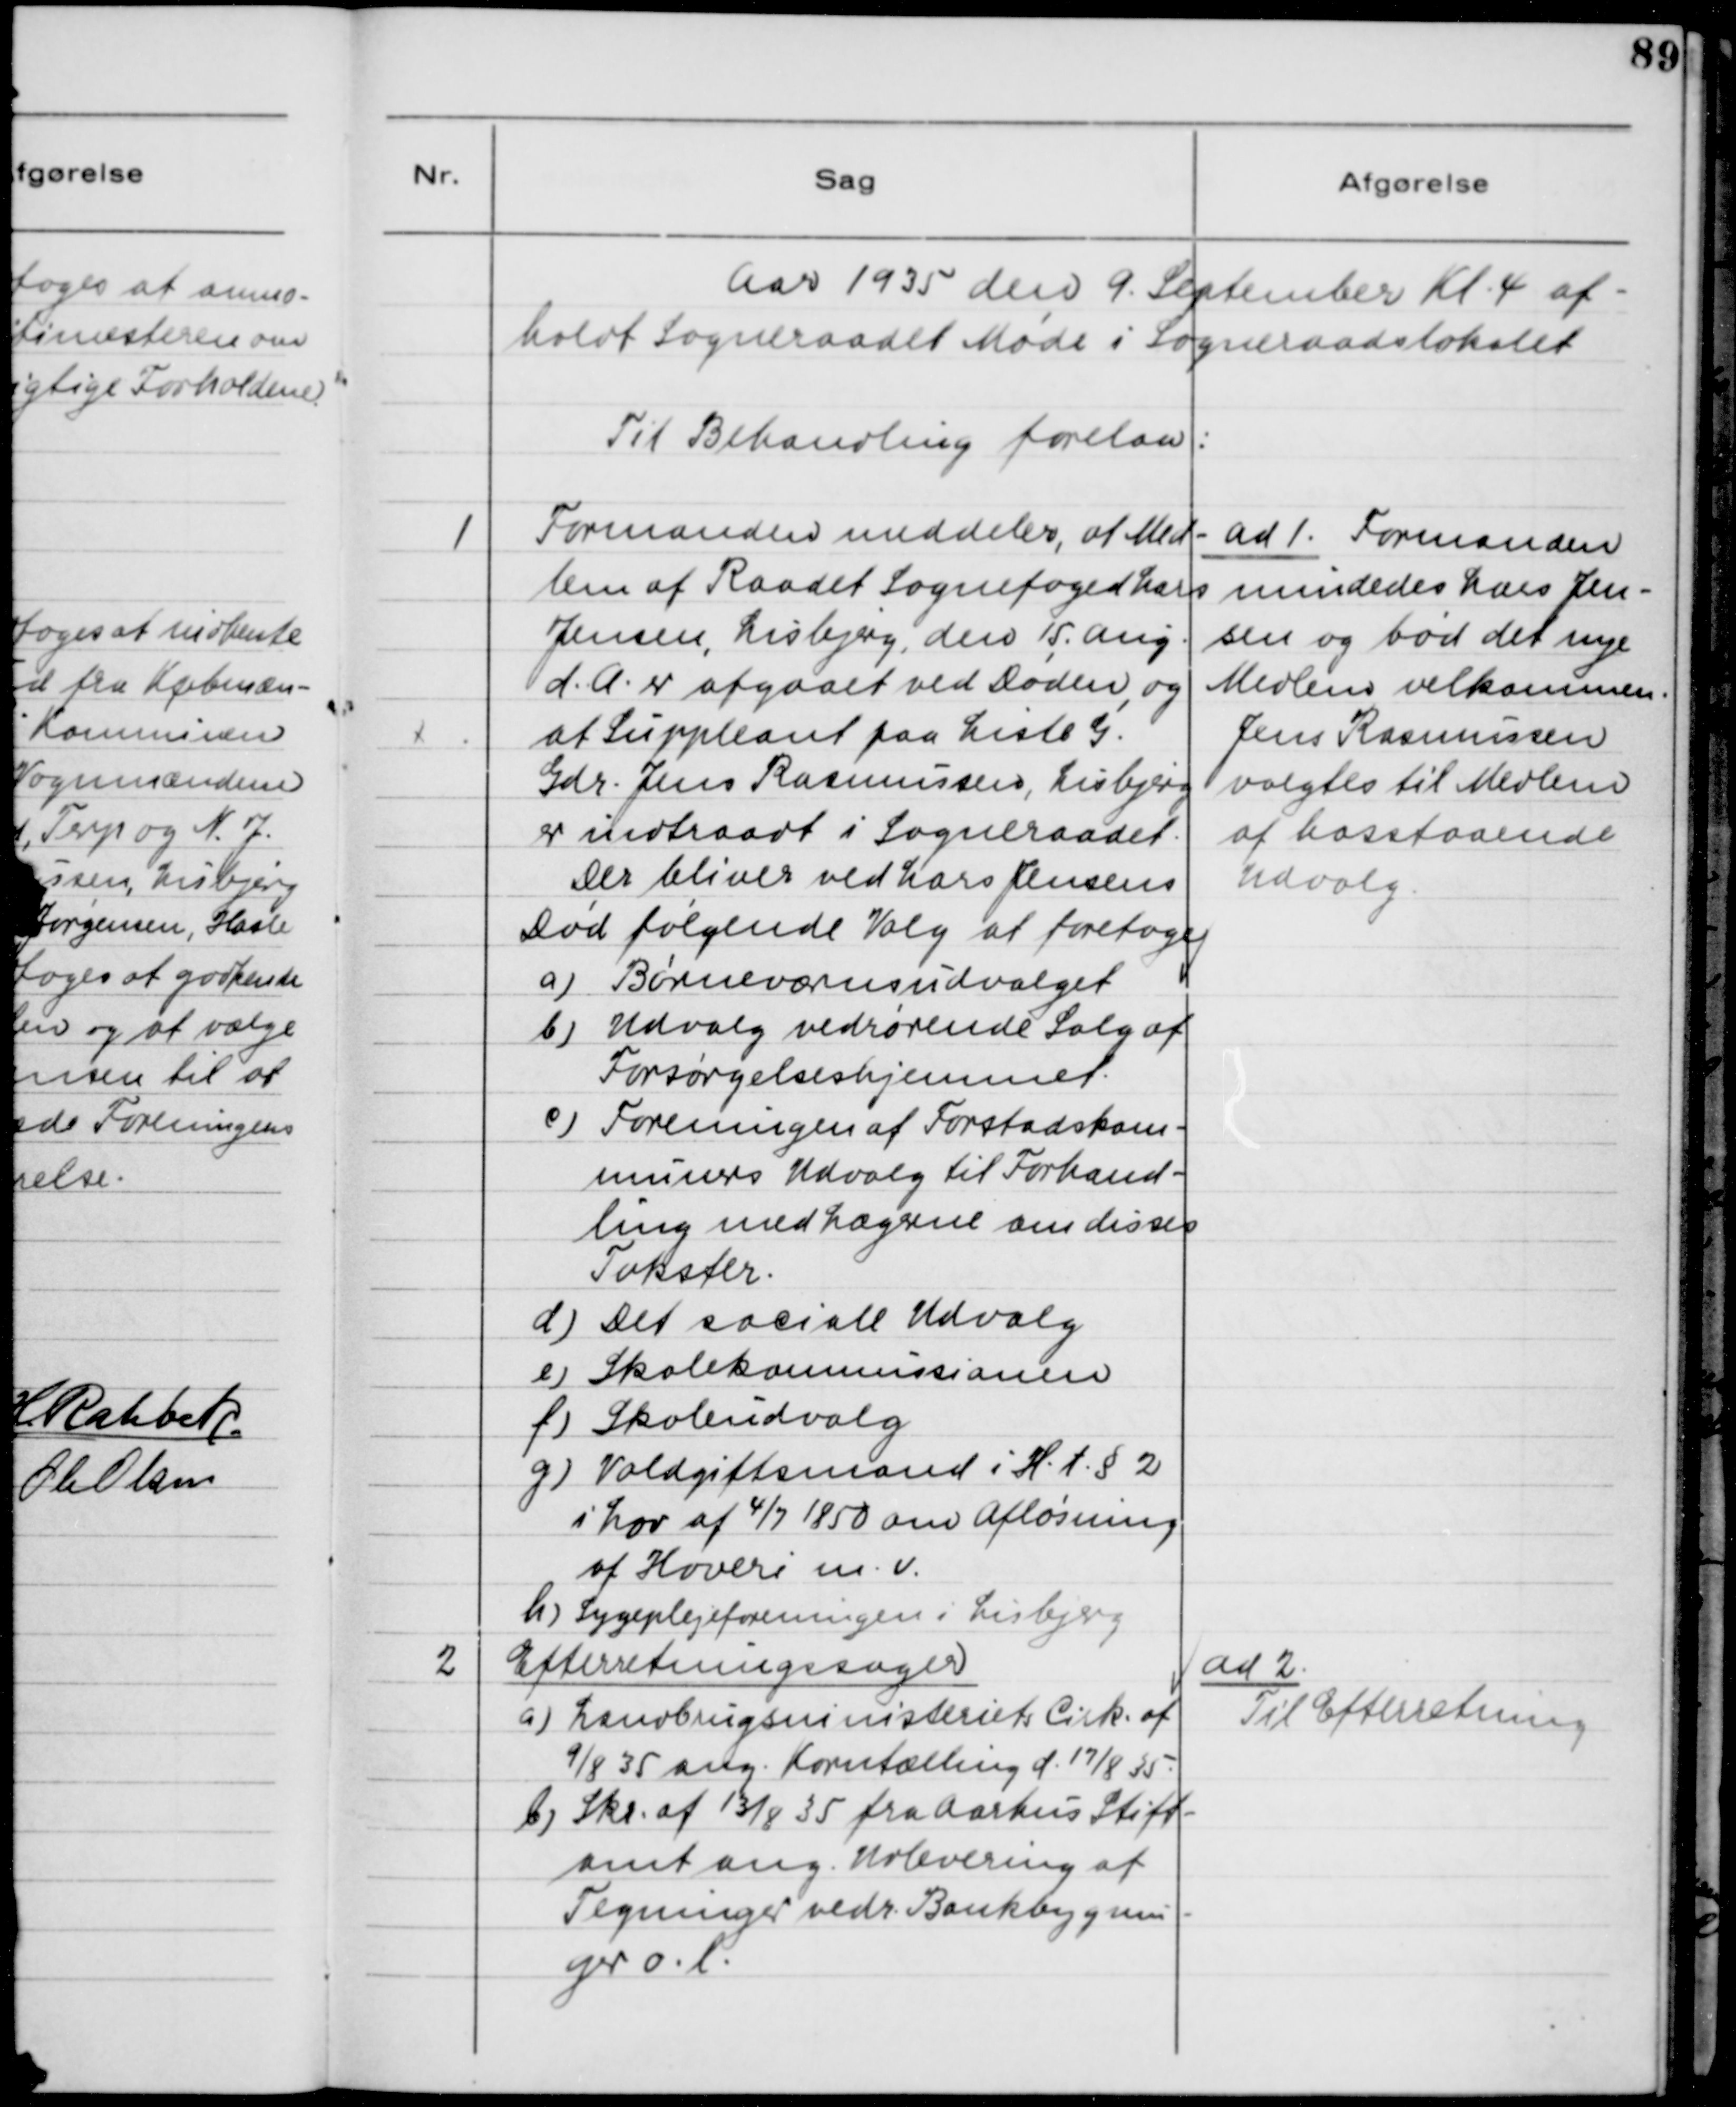
Transskription:
Aar 1935 den 9. September Kl. 4 af-
holdt Sogneraadet Møde i Sogneraadslokalet.
Til Behandling forelaa:

1

Formanden meddeler, at Med-
lem af Raadet Sognefoged Lars 
Jensen, Lisbjerg, den 15. Aug.
d.A. er afgaaet ved Døden, og
at Suppleant paa Liste G.
Gdr. Jens Rasmussen, Lisbjerg
er indtraadt i Sogneraadet.
Der bliver ved Lars Jensens 
Død følgende Valg at foretage:
a) Børneværnsudvalget
b) Udvalg vedrørende Salg af 
Forsørgelseshjemmet
e) Foreningen af Forstadskom-
muners Udvalg til Forhand-
ling med Lægerne om disses
Takster
d) Det sociale Udvalg
e) Skolekommissionen
f) Skoleudvalg
g) Voldgiftsmand i H.t. §2
i Lov af 4/7 1850 om Afløsning 
af Hoveri m.v.
h) Sygeplejeforeningen i Lisbjerg

ad 1. Formanden
mindedes Lars Jen-
sen og bød det nye
Medlem velkommen.
Jens Rasmussen
valgtes til Medlem
af hosstaaende
Udvalg.

2

Efterretningssager
a) Landbrugsministeriets Cirk. af
9/8 35 ang. Korntælling d. 17/8 35
b) Skr. af 13/8 35 fra Aarhus Stift-
amt ang. Udlevering af
Tegninger vedr. Bankbygnin-
ger o.l.

ad 2.
Til Efterretning